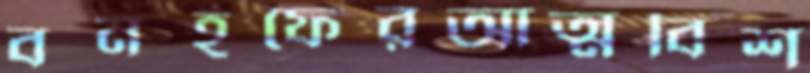
বনহফেরআত্মবিশ